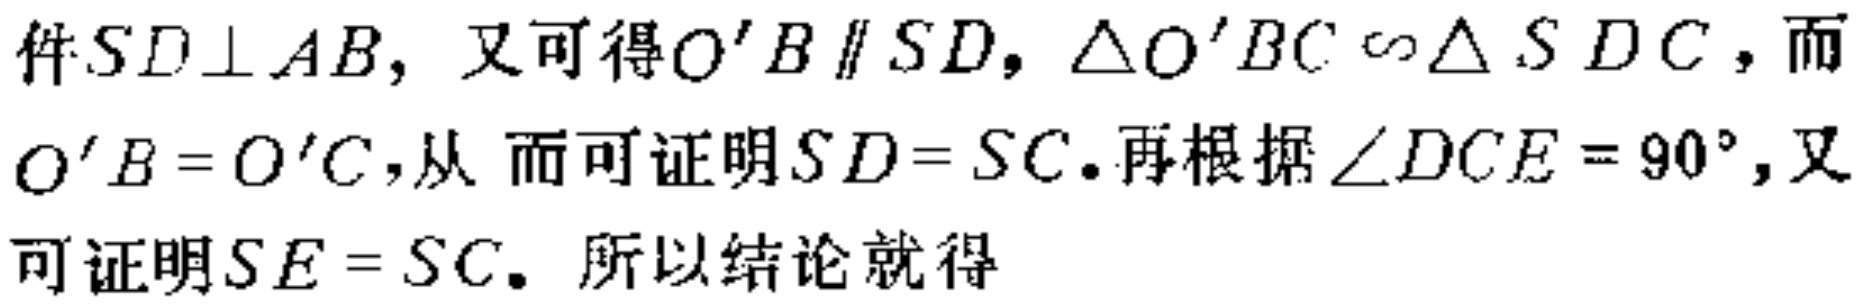
件\(SD\perp AB\)，又可得\(O'B\parallel SD\)，\(\triangle O'BC\sim\triangle SDC\)，而\(O'B = O'C\)，从而可证明\(SD = SC\).再根据\(\angle DCE = 90^{\circ}\)，又可证明\(SE = SC\). 所以结论就得